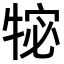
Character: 𭷩